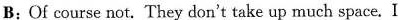
B;Of course not. They don't take up much space.I